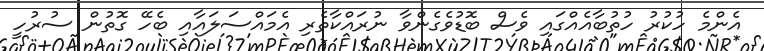
އެންމެ ހުކުރު ހުތުބާއެއްގައި ވެސް ބޮޑުވެގެންވާ ނުރައްކާތެރި އެމައްސަލައާއި ބެހޭ ގޮތުން ސުރުހީ